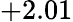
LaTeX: +2.01